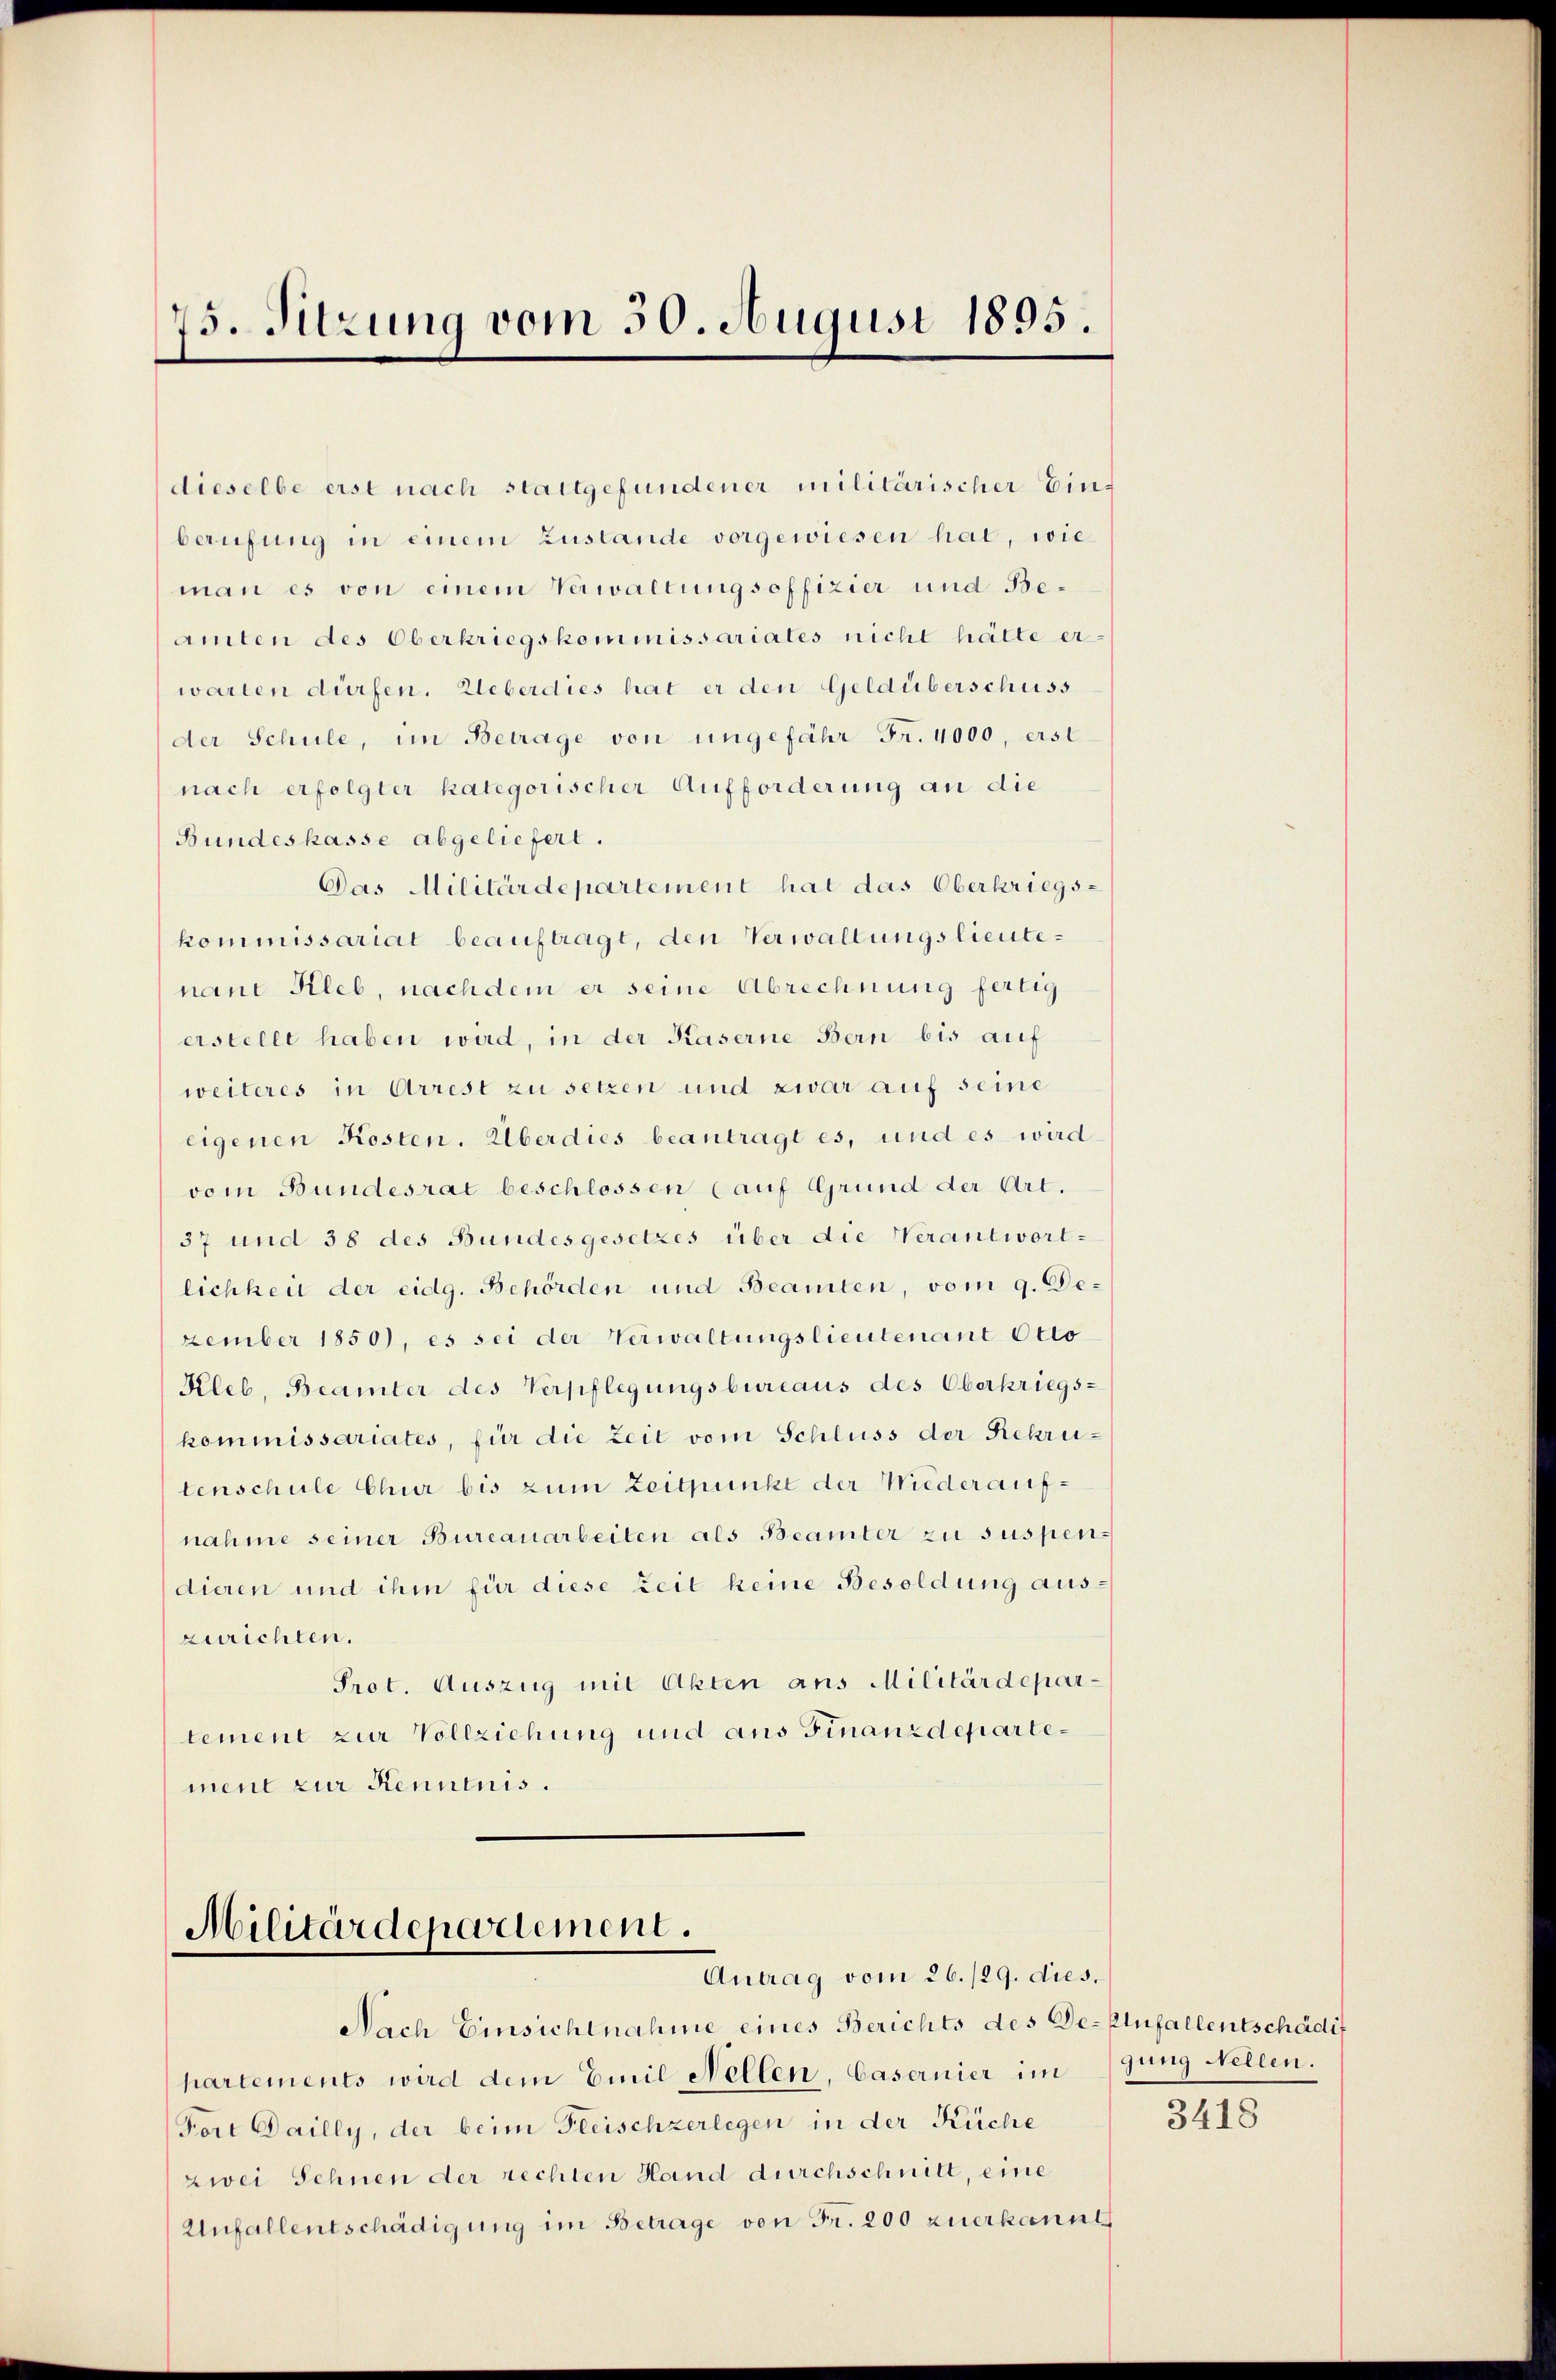
75. Sitzung vom 30. August 1895.

dieselbe erst nach stattgefundener militärischer Ein
berufung in einem Zustande vorgewiesen hat, wie
man es von einem Verwaltungsoffizier und Beamten des Oberkriegskommissariates nicht hätte er-
warten dürfen. Ueberdies hat er den Geldüberschuss
der Schule, im Betrage von ungefähr Fr. 4000, erst
nach erfolgter kategorischer Aufforderung an die
Bundeskasse abgeliefert.
Das Militärdepartement hat das Oberkriegs-
kommissariat beauftragt, den Verwaltungslieutenaue Kleb, nach dem er seine Abrechnung fertig
erstellt haben wird, in der Kaserne Bern bis auf
weiteres in Arrest zu setzen und zwar auf seine
eigenen Kosten. Überdies beantragt es, und es wird
vom Bundesrat beschlossen (auf Grund der Art.
37 und 38 des Bundesgesetzes über die Verantwort-
lichkeit der eidg. Behörden und Beamten, vom 9. De-
zember 1850), es sei der Verwaltungslieutenant Otto
Kleb. Beamter des Verpflegŭngsbureaus des Oberkriegs-
kommissariates, für die Zeit vom Schluss der Rekrutenschule Chur bis zum Zeitpunkt der Niederaufnahme seiner Bureauarbeiten als Beamter zu suspen
dieren und ihm für diese Zeit keine Besoldung auszurichten.
Prot. Auszug mit Akten aus Militärdepartement zur Vollziehung und aus Finanzdepartement zur Kenntnis.

Militärdepartement.
Antrag vom 26./29. dies

Nach Einsichtnahme eines Berichts des De-Zufallentschädig
hartements wird dem Emil Nellen, Casernier im jung Nellen.
Fort Dailly, der beim Freischzerlegen in der Küche
zwei Sehnen der rechten Hand durchschnitt, eine
Unfallentschädigung im Betrage von Fr. 200 zuerkannt

3418